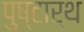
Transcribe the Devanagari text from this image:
पुष्टार्थ